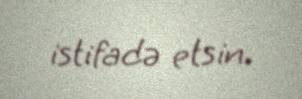
istifadə etsin.